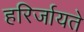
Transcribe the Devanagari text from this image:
हरिर्जायते